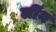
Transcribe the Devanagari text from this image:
लींन